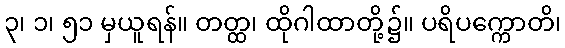
၃၊ ၁၊ ၅၁ မှယူရန်။ တတ္ထ၊ ထိုဂါထာတို့၌။ ပရိပက္ကောတိ၊